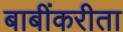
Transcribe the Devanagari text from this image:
बाबींकरीता